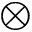
\bigotimes